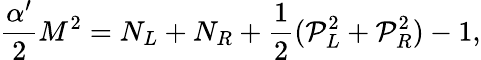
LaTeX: \frac{\alpha^{\prime}}{2}M^{2}=N_{L}+N_{R}+\frac{1}{2}({\cal P}_{L}^{2}+{\cal P}_{R}^{2})-1,